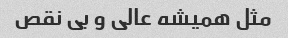
مثل همیشه عالی و بی نقص